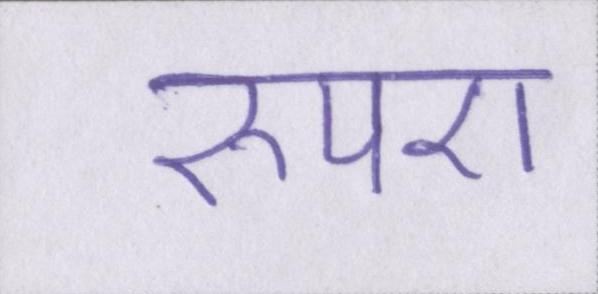
रुपए